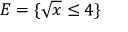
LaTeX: E = \{ { \sqrt { x } } \leq 4 \}